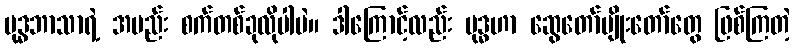
ဗုဒ္ဓဘာသာရဲ့ အမည်း စက်တစ်ခုလိုပါပဲ။ ဒါကြောင့်လည်း ဗုဒ္ဓဟာ ဆွေတော်မျိုးတော်တွေ ဖြစ်ကြတဲ့